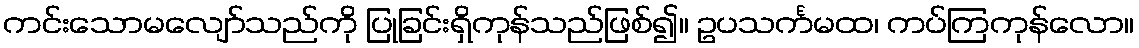
ကင်းသောမလျော်သည်ကို ပြုခြင်းရှိကုန်သည်ဖြစ်၍။ ဥပသင်္ကမထ၊ ကပ်ကြကုန်လော။